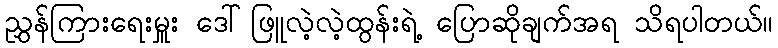
ညွှန်ကြားရေးမှူး ဒေါ်ဖြူလဲ့လဲ့ထွန်းရဲ့ ပြောဆိုချက်အရ သိရပါတယ်။